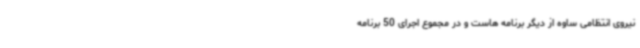
نیروی انتظامی ساوه از دیگر برنامه هاست و در مجموع اجرای 50 برنامه